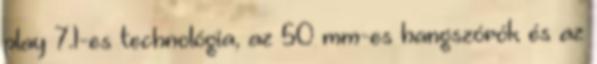
play 7.1-es technológia, az 50 mm-es hangszórók és az